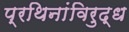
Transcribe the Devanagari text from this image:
प्रथिनांविरुद्ध